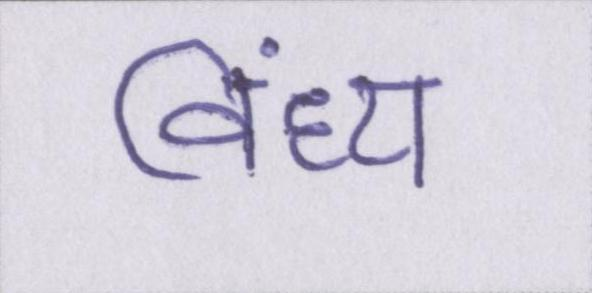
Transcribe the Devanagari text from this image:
विंध्य